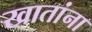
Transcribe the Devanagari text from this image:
खातांना